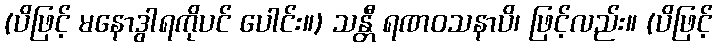
(ပိဖြင့် မနောဒွါရကိုပင် ပေါင်း။) သန္တီ ရဏဝသနာပိ၊ ဖြင့်လည်း။ (ပိဖြင့်